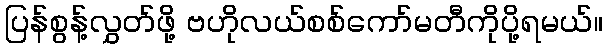
ပြန်စွန့်လွှတ်ဖို့ ဗဟိုလယ်စစ်ကော်မတီကိုပို့ရမယ်။